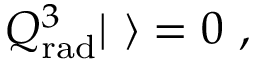
Q _ { \mathrm { r a d } } ^ { 3 } | \ \rangle = 0 \ ,